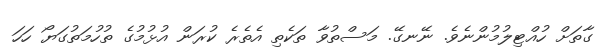
ގާތަށް ހުއްޓިލުމުންނެވެ. ނޭނގޭ. މަސްތުވާ ތަކެތި އެތެރެ ކުރަން އުޅުމުގެ ތުހުމަތުގަޔޯ ހަހަ